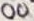
Text: 00